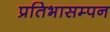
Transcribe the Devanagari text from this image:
प्रतिभासम्पन